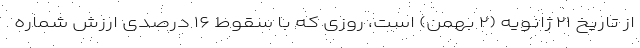
از تاریخ ۲۱ ژانویه (۲ بهمن) است، روزی که با سقوط ۱۶ درصدی ارزش شماره